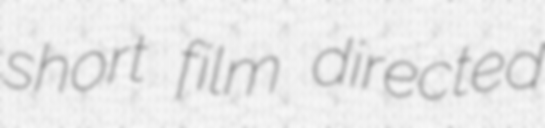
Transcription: short film directed